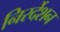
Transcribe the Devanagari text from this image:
निरर्देशन